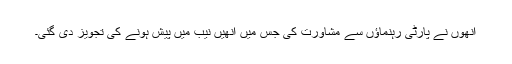
انھوں نے پارٹی رہنماؤں سے مشاورت کی جس میں انھیں نیب میں پیش ہونے کی تجویز دی گئی۔